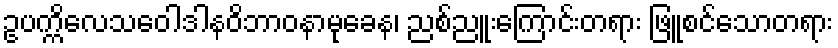
ဥပက္ကိလေသဝေါဒါနဝိဘာဝနာမုခေန၊ ညစ်ညူးကြောင်းတရား ဖြူစင်သောတရား